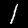
Digit: 1